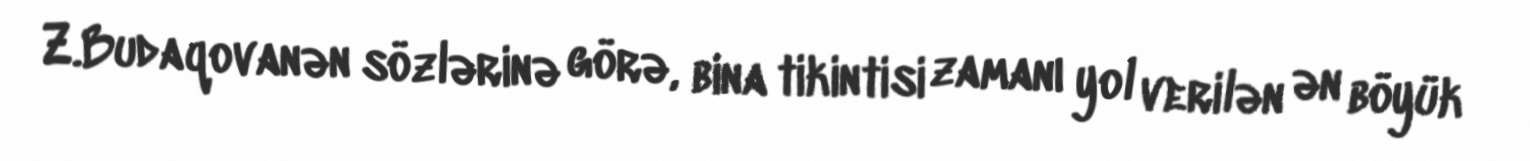
Z.Budaqovanən sözlərinə görə, bina tikintisi zamanı yol verilən ən böyük